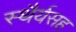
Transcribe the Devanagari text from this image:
स्थैर्यसह